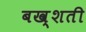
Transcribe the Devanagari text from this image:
बख्शती